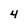
Character: 4